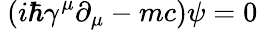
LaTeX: \ (i\hbar\gamma^{\mu}\partial_{\mu}-mc)\psi=0